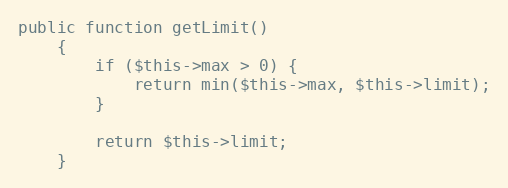
Language: PHP
public function getLimit()
    {
        if ($this->max > 0) {
            return min($this->max, $this->limit);
        }

        return $this->limit;
    }